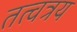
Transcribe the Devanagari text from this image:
तत्वत्रय